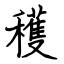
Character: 穫